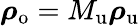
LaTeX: \boldsymbol{\mathbf{\rho}}_{\mathrm{o}}=M_{\mathrm{u}}\boldsymbol{\mathbf{\rho}}_{\mathrm{u}}